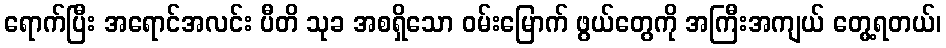
ရောက်ပြီး အရောင်အလင်း ပီတိ သုခ အစရှိသော ဝမ်းမြောက် ဖွယ်တွေကို အကြီးအကျယ် တွေ့ရတယ်၊